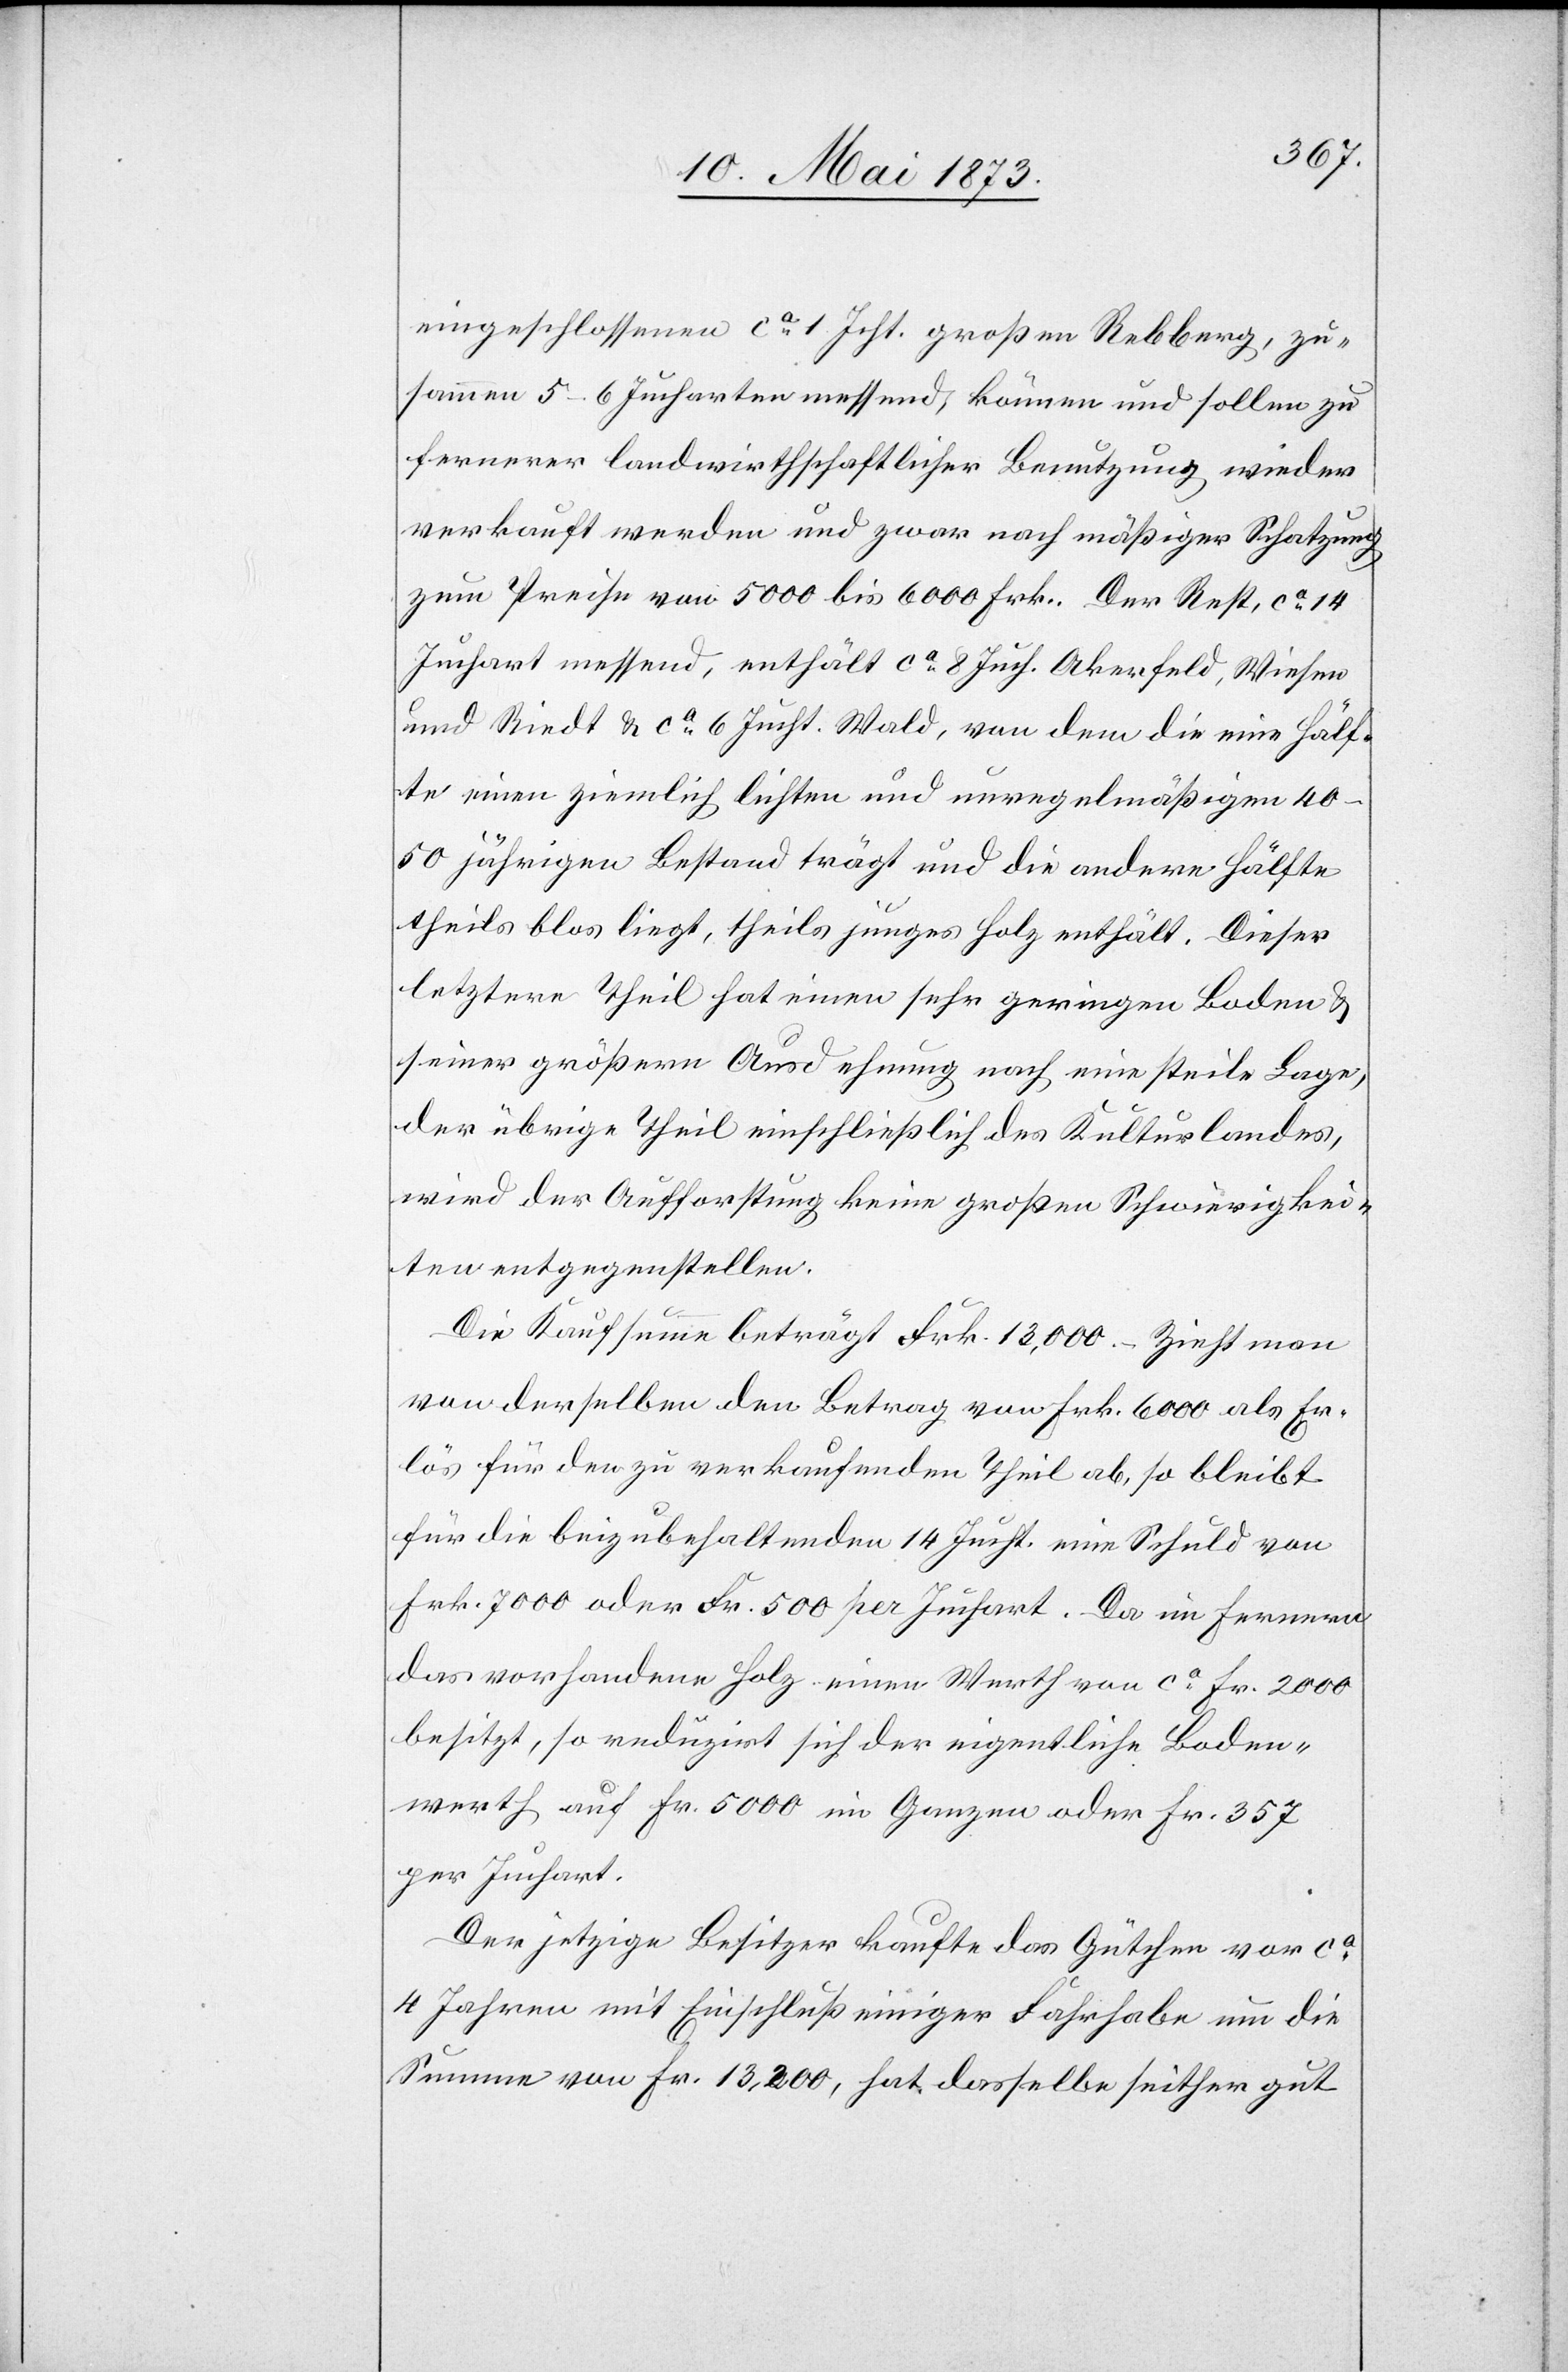
eingeschlossenen ca 1 Jcht. großen Rebberg, zu¬
sammen 5–6 Jucharten messend, können und sollen zu
fernerer landwirthschaftlicher Benutzung wieder
verkauft werden und zwar nach mäßiger Schatzung
zum Preise von 5 000 bis 6 000 Frk. Der Rest, ca 14
Juchart messend, enthält ca 8 Juch. Akerfeld [sic!],
und Riedt & ca 6 Jucht. Wald, von dem die eine Hälf¬
te einen ziemlich lichten und unregelmäßigen 40–50
jährigen Bestand trägt und die andere Hälfte
theils blos liegt, theils junges Holz enthält. Dieser
letztere Theil hat einen sehr geringen Boden &
seiner größern Ausdehnung nach eine steile Lage,
der übrige Theil einschließlich des Kulturlandes,
wird der Aufforstung keine großen Schwierigkei¬
ten entgegenstellen.
Die Kaufsumme beträgt Frk. 13,000.– Zieht man
von derselben den Betrag von Frk. 6 000 als Er¬
lös für den zu verkaufenden Theil ab, so bleibt
für die beizubehaltenden 14 Jucht. eine Schuld von
Frk. 7 000 oder Fr. 500 per Juchart. Da im Fernern
das vorhandene Holz einen Werth von ca Fr. 2 000
besitzt, so reduzirt sich der eigentliche Boden¬
werth auf Fr. 5 000 im Ganzen oder Fr. 357
per Juchart.
Der jetzige Besitzer kaufte das Gütchen vor ca
4 Jahren mit Einschluß einiger Fahrhabe um die
Summe von Fr. 13,200, hat dasselbe seither gut